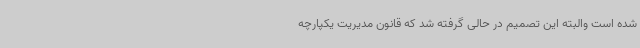
شده است والبته این تصمیم در حالی گرفته شد که قانون مدیریت یکپارچه